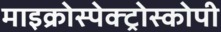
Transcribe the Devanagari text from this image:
माइक्रोस्पेक्ट्रोस्कोपी